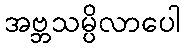
အဗ္ဘသမ္ပိလာပေါ